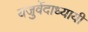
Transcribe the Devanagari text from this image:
यजुर्वेदाध्यायी